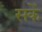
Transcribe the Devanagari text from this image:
सकेँ